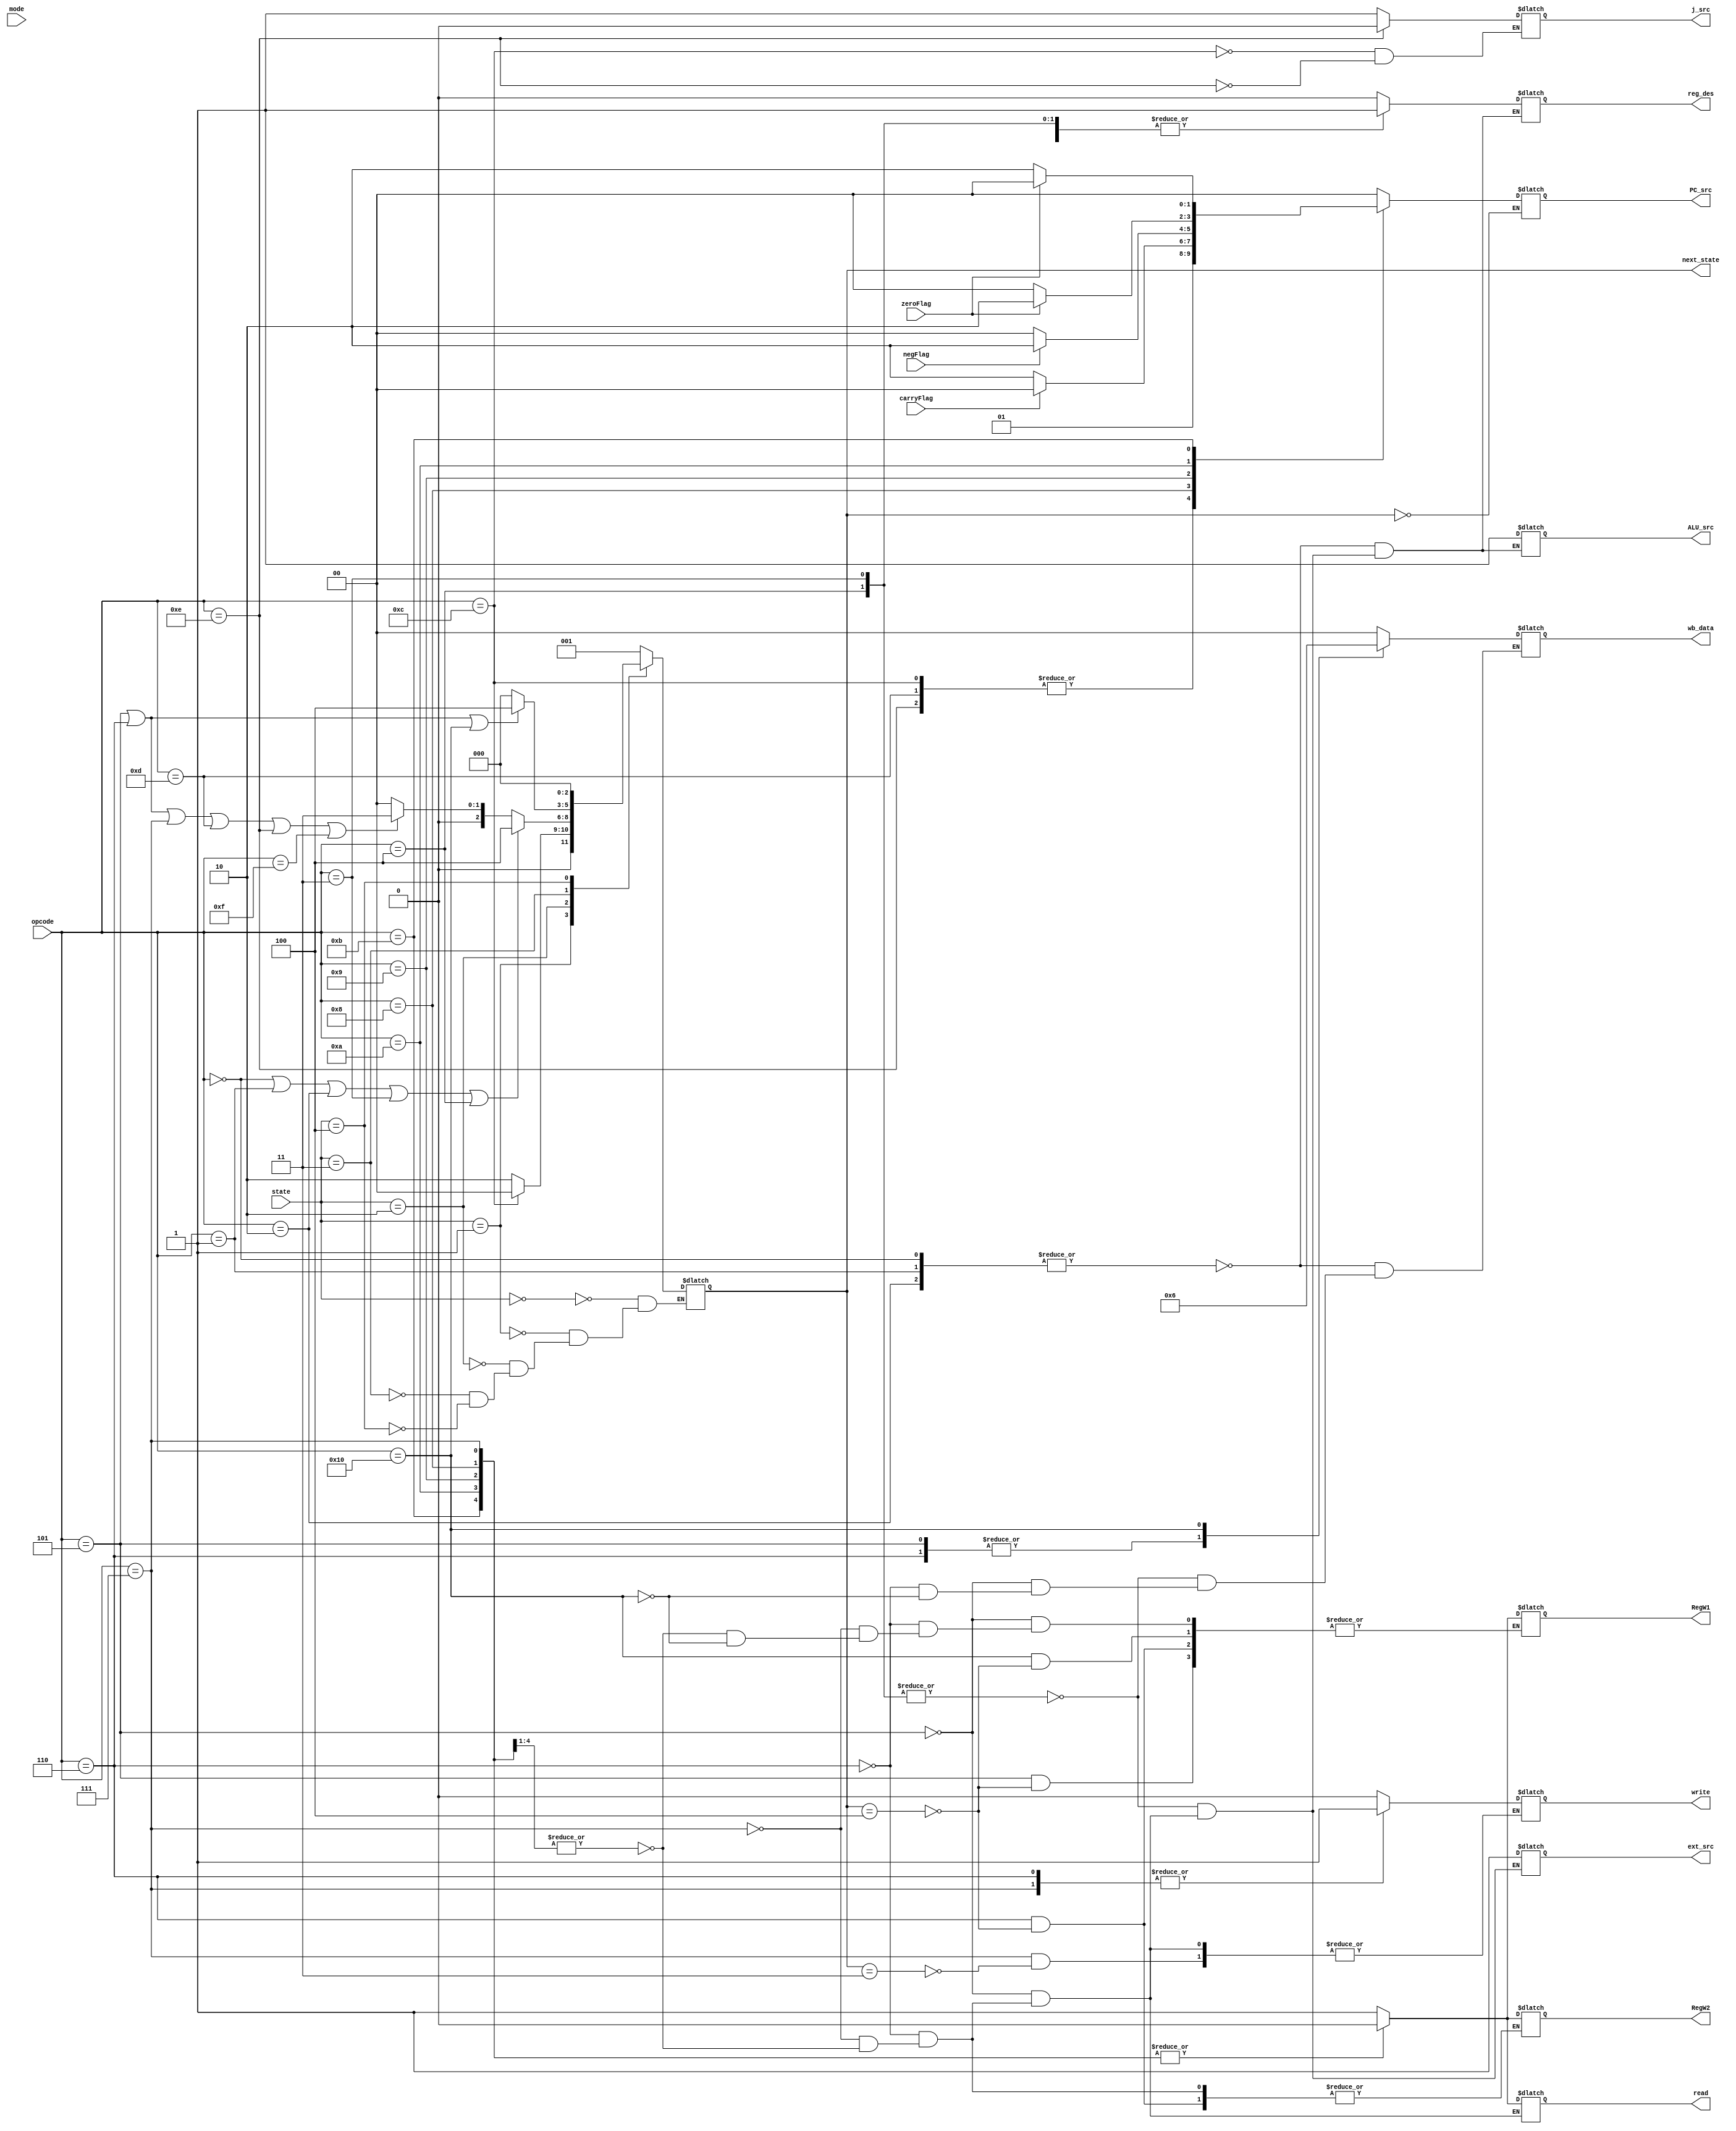
module ControlUnit(
    input [5:0] opcode,
    input zeroFlag,
    input carryFlag,
    input negFlag,
    input [2:0] state,
    input [1:0] mode,
    output reg [1:0] PC_src = 2'b00,
    output reg ext_src = 0,
    output reg RegW1 = 0,
    output reg RegW2 = 0,
    output reg read = 0,
    output reg write = 0,
    output reg reg_des = 0,
    output reg ALU_src = 0,
    output reg [1:0] wb_data = 2'b00,
    output reg j_src = 0,
    output reg [2:0] next_state = 3'b000
);

    parameter IF_STAGE = 3'b000;
    parameter ID_STAGE = 3'b001;
    parameter EX_STAGE = 3'b010;
    parameter MEM_STAGE = 3'b011;
    parameter WB_STAGE = 3'b100;

    always @(state) begin
        case (state)
            IF_STAGE: begin
                next_state = ID_STAGE;
            end
            ID_STAGE: begin
                if (opcode == 6'b001100)  begin
                    next_state = IF_STAGE;
                end
                else
                    next_state = EX_STAGE;
            end
            EX_STAGE: begin
                if (opcode == 6'b000000 || opcode == 6'b000001 || opcode == 6'b000010 || opcode == 6'b000011 || opcode == 6'b000100)    
                    next_state = WB_STAGE;
                else if (opcode == 6'b000101 || opcode == 6'b000110 || opcode == 6'b000111 || opcode == 6'b001101 || opcode == 6'b001110 || opcode == 6'b001111)  
                    next_state = MEM_STAGE;
                else 
                    next_state = IF_STAGE;
            end
            MEM_STAGE: begin
                if (opcode == 6'b000101 || opcode == 6'b000110 || opcode == 6'b010000)
                    next_state = WB_STAGE;     
                else 
                    next_state = IF_STAGE;
            end
            WB_STAGE: begin
                next_state = IF_STAGE;
            end
        endcase
    end

    always @* begin
        case (opcode)
            6'b000000, 6'b000001, 6'b000010: begin //R_type
                reg_des <= 2'b00;
                ALU_src <= 1;
                wb_data <= 2'b00;
            end
            6'b000011, 6'b000100: begin //ADDI ANDI
                reg_des <= 2'b01;
                ALU_src <= 1;
                ext_src <= 1; 
                wb_data <= 2'b00;
            end
            6'b000101: begin // LW--> write to Rd
                reg_des <= 2'b01;
                ALU_src <= 1;
                ext_src <= 1; 
                wb_data <= 2'b01;
                read <= 1; 
                write <= 0; 
                if (next_state == WB_STAGE) begin
                    RegW1 <= 1;
                end
            end
            6'b000110: begin //LWPOI
                reg_des <= 2'b01;
                ALU_src <= 1;
                ext_src <= 1; 
                wb_data <= 2'b01; 
                read <= 1; 
                write <= 1; 
                if (next_state == WB_STAGE) begin
                    RegW1 <= 1;     
                    RegW2 <= 1;
                end
            end
            6'b000111: begin //SW
                reg_des <= 2'b01;
                ALU_src <= 1;
                ext_src <= 1; 
                RegW1 <= 0;     
                RegW2 <= 0;
                read <= 0; 
                if (next_state == MEM_STAGE) begin
                    write <= 1; 
                end    
            end
            6'b001000, 6'b001001, 6'b001010, 6'b001011: begin //Branch
                reg_des <= 2'b01;
                ALU_src <= 1;
                ext_src <= 1;
                read <= 0;
                write <= 0;
                RegW1 <= 0;
                RegW2 <= 0;
            end
            6'b001100: begin // JMP
                j_src <= 1;
            end
            6'b001110: begin // RET
                j_src <= 0;
            end
            6'b010000: begin //POP
                wb_data <= 2'b10;
                if (next_state == WB_STAGE)  begin
                    RegW1 <= 1;
                end
            end
            default: begin
                // Handle other opcodes or set default values
            end
        endcase
    end

    always @* begin
        if (next_state == IF_STAGE) begin
            case (opcode)
                6'b001100, 6'b001101, 6'b001110: begin // JMP RET CALL
                    PC_src <= 2'b01;
                end
                6'b001000: begin //BGT 
                    if (carryFlag == 0) begin
                        PC_src <= 2'b10;
                    end
                    else begin
                        PC_src <= 2'b00;
                    end
                end
                6'b001001: begin //BLT
                    if (negFlag == 1) begin
                        PC_src <= 2'b10;
                    end
                    else begin
                        PC_src <= 2'b00;
                    end
                end
                6'b001010: begin //BEQ
                    if (zeroFlag == 1) begin
                        PC_src <= 2'b10;
                    end
                    else begin
                        PC_src <= 2'b00;
                    end
                end
                6'b001011: begin //BNE
                    if (zeroFlag == 0) begin
                        PC_src <= 2'b10;
                    end
                    else begin
                        PC_src <= 2'b00;
                    end
                end
                default: begin
                    // Handle other opcodes or set default values
                    PC_src <= 2'b00;
                end
            endcase
        end
    end
endmodule